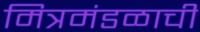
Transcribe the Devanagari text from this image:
मित्रमंडळाची